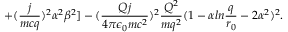
+ ( { \frac { j } { m c q } } ) ^ { 2 } \alpha ^ { 2 } \beta ^ { 2 } ] - ( { \frac { Q j } { 4 \pi \epsilon _ { 0 } m c ^ { 2 } } } ) ^ { 2 } { \frac { Q ^ { 2 } } { m q ^ { 2 } } } ( 1 - \alpha l n { \frac { q } { r _ { 0 } } } - 2 \alpha ^ { 2 } ) ^ { 2 } .